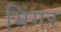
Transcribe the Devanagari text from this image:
भिंगर